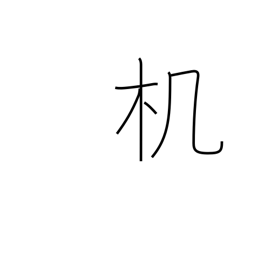
Meaning: desk